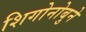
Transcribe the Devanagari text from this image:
शिगोनोबुने